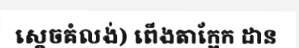
ស្តេចគំលង់) ពើងតាក្អែក ដាន